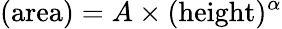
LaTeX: (\mathrm{area})=A\times(\mathrm{height})^{\alpha}